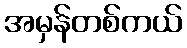
အမှန်တစ်ကယ်